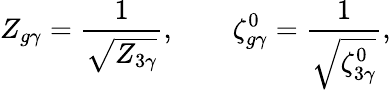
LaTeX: Z_{g\gamma}=\frac{1}{\sqrt{Z_{3\gamma}}},\qquad\zeta_{g\gamma}^{0}=\frac{1}{\sqrt{\zeta_{3\gamma}^{0}}},